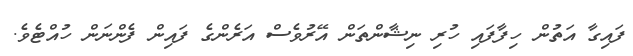
ފައިގާ އަތުން ހިފާފައި ހުރި ނިޝާންތަން އޭރުވެސް އަރެންގެ ފައިން ފެންނަން ހުއްޓެވެ.